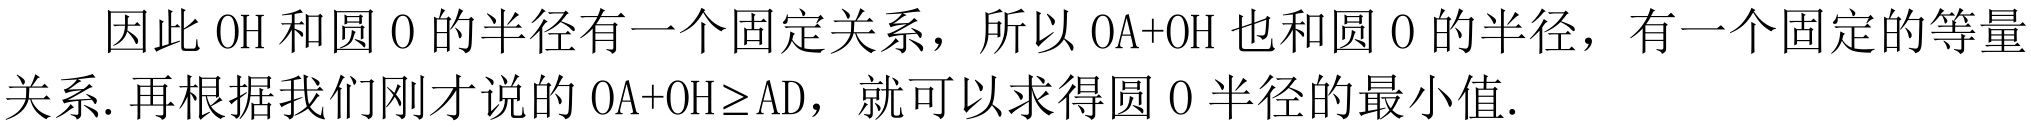
因此\(OH\)和圆\(O\)的半径有一个固定关系，所以\(OA + OH\)也和圆\(O\)的半径，有一个固定的等量关系. 再根据我们刚才说的\(OA+OH\geq AD\)，就可以求得圆\(O\)半径的最小值.